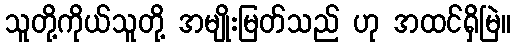
သူတို့ကိုယ်သူတို့ အမျိုးမြတ်သည် ဟု အထင်ရှိမြဲ။